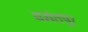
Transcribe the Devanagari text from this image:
वसंतपुर